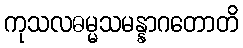
ကုသလဓမ္မသမန္နာဂတောတိ